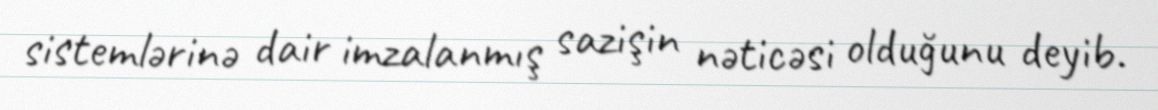
sistemlərinə dair imzalanmış sazişin nəticəsi olduğunu deyib.